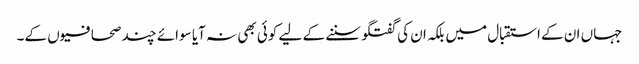
جہاں ان کے استقبال میں بلکہ ان کی گفتگو سننے کے لیے کوئی بھی نہ آیا سوائے چند صحافیوں کے۔